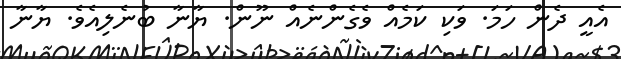
އެއީ ދެން ހަމަ. ވަކި ކަމެއް ވެގެންނެއް ނޫން. ޔާނާ ބުނެލިއެވެ. ޔާނާ